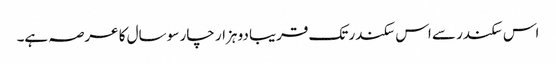
اس سکندر سے اس سکندر تک قریبا دو ہزار چار سو سال کا عرصہ ہے۔